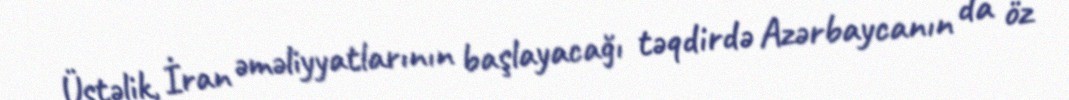
Üstəlik, İran əməliyyatlarının başlayacağı təqdirdə Azərbaycanın da öz